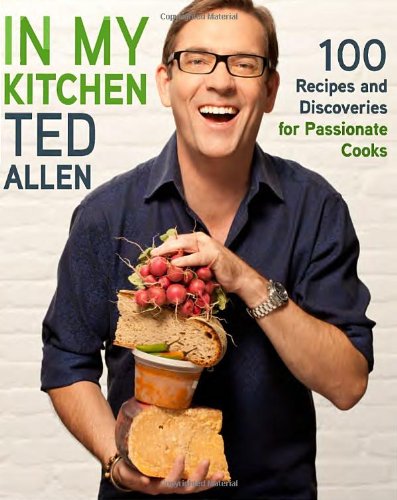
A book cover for In My Kitchen: 100 Recipes and Discoveries for Passionate Cooks; Ted Allen; Cookbooks, Food & Wine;